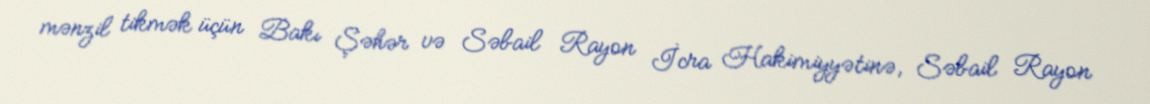
mənzil tikmək üçün Bakı Şəhər və Səbail Rayon İcra Hakimiyyətinə, Səbail Rayon